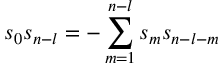
s _ { 0 } s _ { n - l } = - \sum _ { m = 1 } ^ { n - l } s _ { m } s _ { n - l - m }